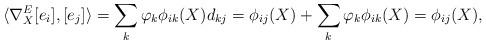
LaTeX: \begin{align*} \langle\nabla^E_X[e_i],[e_j]\rangle=\sum_k \varphi_k\phi_{ik}(X)d_{kj}=\phi_{ij}(X)+\sum_k \varphi_k\phi_{ik}(X)=\phi_{ij}(X), \end{align*}